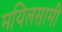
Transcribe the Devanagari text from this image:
मयिलसामी